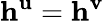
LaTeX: \mathbf{h}^{\mathbf{u}}=\mathbf{h}^{\mathbf{v}}